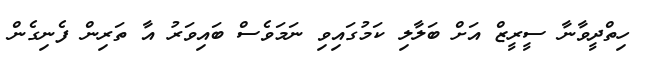
ހިތްދީވާނާ ސީރީޒް އަށް ބަލާލި ކަމުގައިވި ނަމަވެސް ބައިވަރު އާ ތަރިން ފެނިގެން